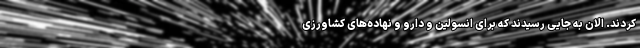
کردند. الان به جایی رسیدند که برای انسولین و دارو و نهاده‌های کشاورزی